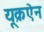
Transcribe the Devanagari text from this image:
यूक्रऐन